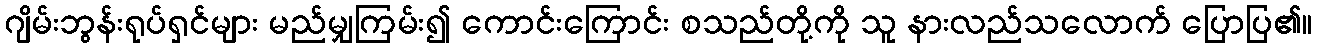
ဂျိမ်းဘွန်းရုပ်ရှင်များ မည်မျှကြမ်း၍ ကောင်းကြောင်း စသည်တို့ကို သူ နားလည်သလောက် ပြောပြ၏။